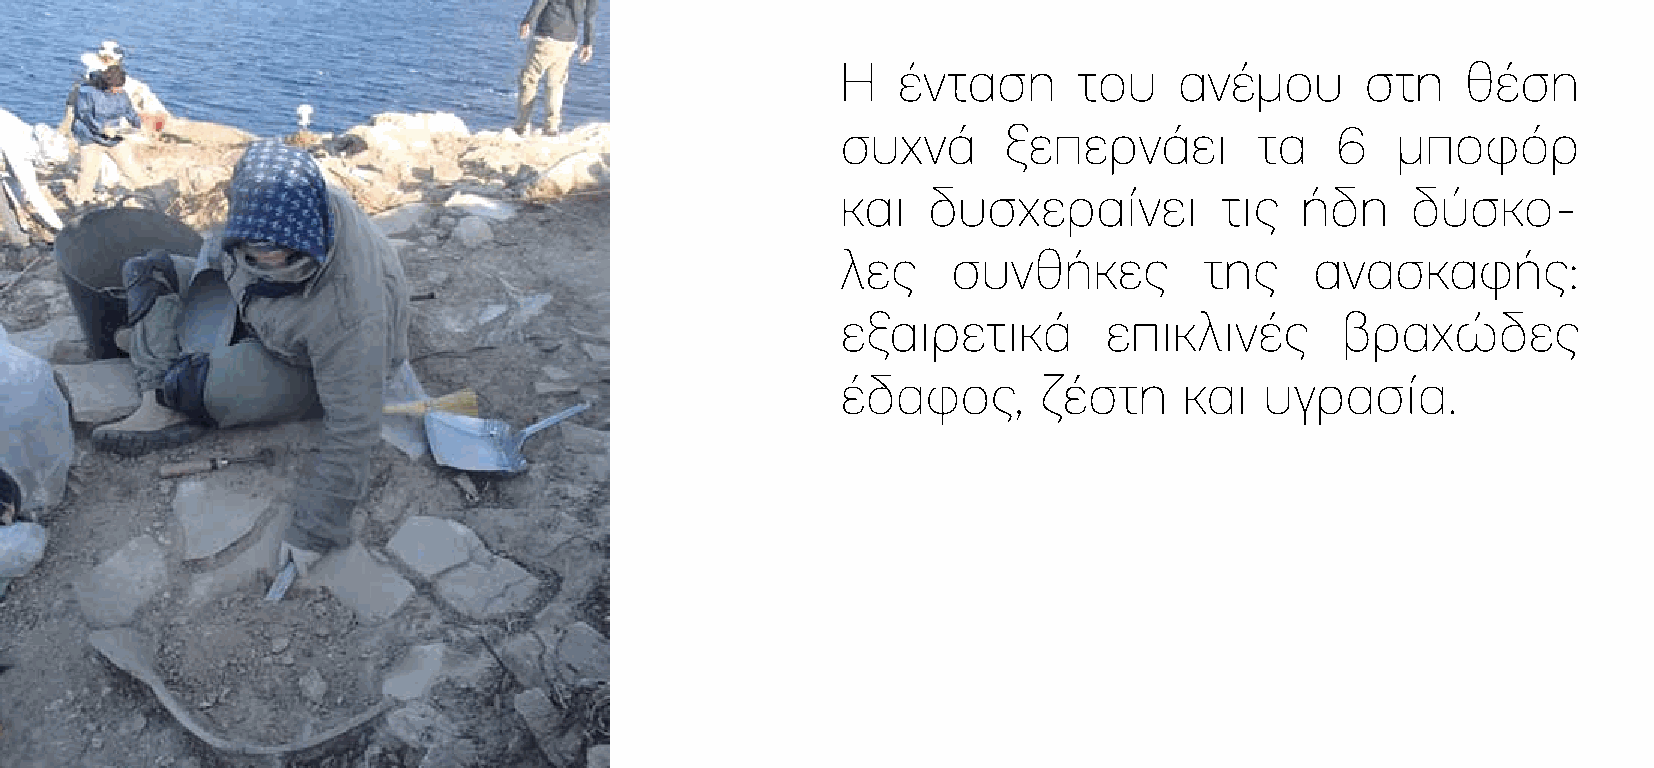
Η  ένταση      του    ανέµου      στη    θέση
 συχνά     ξεπερνάει        τα   6   µποφόρ
 και  δυσχεραίνει         τις  ήδη    δύσκο-
 λες    συνθήκες         της    ανασκαφής:
 εξαιρετικά       επικλινές       βραχώδες
 έδαφος,      ζέστη    και   υγρασία.